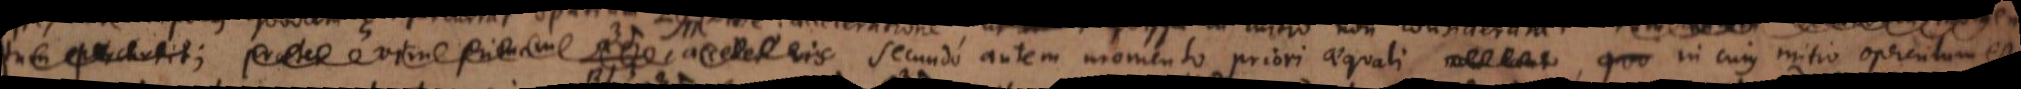
tum percurrit; praeter vim primam, _ accedet vis Secundo autem momento priori aequali momento, quo in cujus initio operculum est